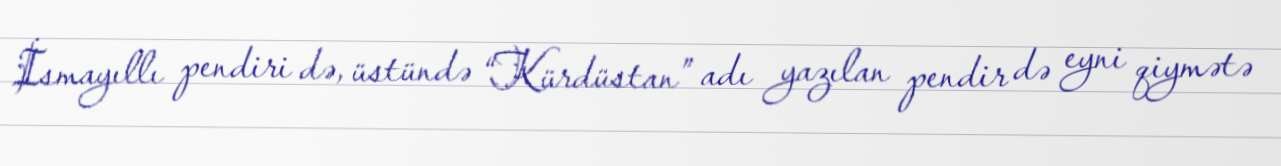
İsmayıllı pendiri də, üstündə “Kürdüstan” adı yazılan pendir də eyni qiymətə